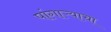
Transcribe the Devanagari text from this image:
पांगाऱ्याचा